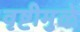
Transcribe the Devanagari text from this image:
वृष्टीमुळे